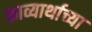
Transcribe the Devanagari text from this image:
काव्यार्थाच्या